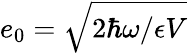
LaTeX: e_{0}=\sqrt{2\hbar\omega/\epsilon V}